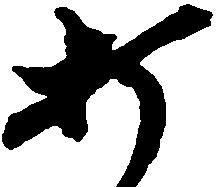
打